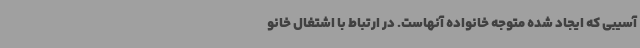
آسیبی که ایجاد شده متوجه خانواده آنهاست. در ارتباط با اشتغال خانو